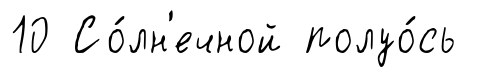
10 Со́лн'ечной полуо́сь